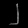
Digit: ၂